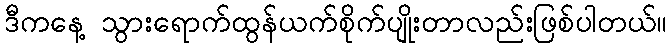
ဒီကနေ့ သွားရောက်ထွန်ယက်စိုက်ပျိုးတာလည်းဖြစ်ပါတယ်။